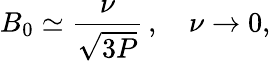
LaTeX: B_{0}\simeq\frac{\nu}{\sqrt{3P}}\, ,\quad\nu\to 0,